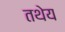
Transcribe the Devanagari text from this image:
तथेय